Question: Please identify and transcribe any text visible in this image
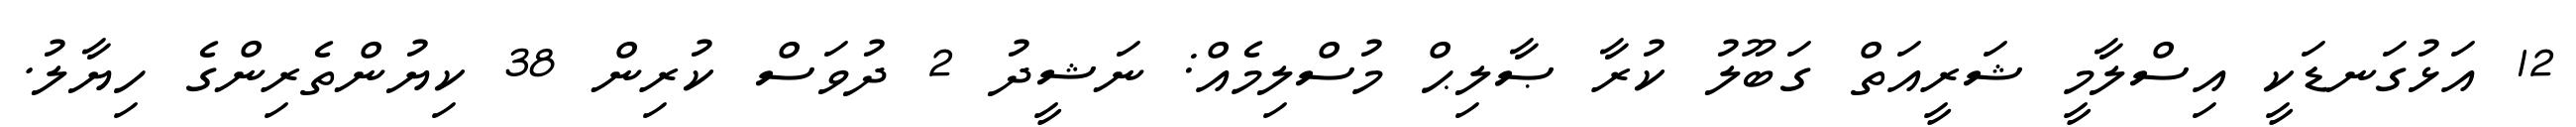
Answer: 12 އަޅުގަނޑަކީ އިސްލާމީ ޝަރީއަތް ގަބޫލު ކުރާ ޞާލިޙް މުސްލިމެއް: ނަޝީދު 2 ދުވަސް ކުރިން 38 ކިޔުންތެރިންގެ ހިޔާލު.